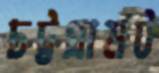
চট্টগ্রামট